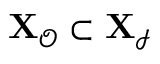
{ \bf { X } } _ { \mathcal { O } } \subset \bf { X } _ { \mathcal { I } }